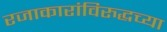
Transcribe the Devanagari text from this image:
रजाकारांविरुद्धच्या